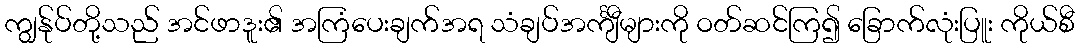
ကျွန်ုပ်တို့သည် အင်ဖာဒူး၏ အကြံပေးချက်အရ သံချပ်အင်္ကျီများကို ဝတ်ဆင်ကြ၍ ခြောက်လုံးပြူး ကိုယ်စီ